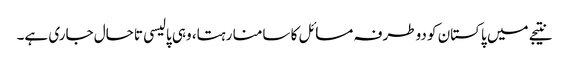
نتیجے میں پاکستان کو دوطرفہ مسائل کا سامنا رہتا، وہی پالیسی تاحال جاری ہے۔